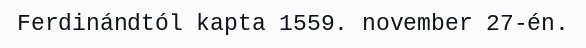
Ferdinándtól kapta 1559. november 27-én.